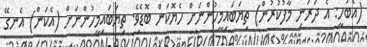
(އެބަހީ: އެ ދަރަނި މާފުކުރުން) ތިޔަބައިމީހުންނަށް ހެޔޮކަން ބޮޑެވެ. ތިޔަބައިމީހުންނަށް (އެކަން) އެނގޭ